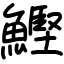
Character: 鰹